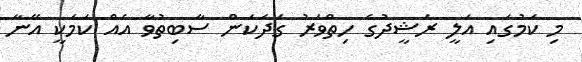
މި ކަމުގައި އަލީ ރަޝީދުގެ ހިތްވަރު ގަދަކަން ސާބިތުވާ އެއް ކަމަކީ އޭނާ